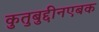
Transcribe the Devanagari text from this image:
कुतुबुद्दीनएबक